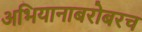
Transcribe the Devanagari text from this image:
अभियानाबरोबरच